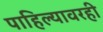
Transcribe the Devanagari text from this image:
पाहिल्यावरही